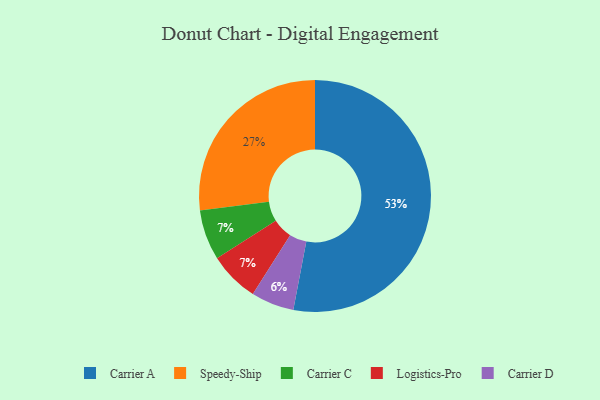
{"axis": {"x": "Category", "y": "Percentage"}, "legend": ["Carrier A", "Carrier C", "Carrier D", "Logistics-Pro", "Speedy-Ship"], "data": [{"x": "Carrier C", "y": 7, "type": "Carrier C"}, {"x": "Carrier D", "y": 6, "type": "Carrier D"}, {"x": "Carrier A", "y": 53, "type": "Carrier A"}, {"x": "Speedy-Ship", "y": 27, "type": "Speedy-Ship"}, {"x": "Logistics-Pro", "y": 7, "type": "Logistics-Pro"}]}